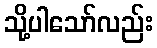
သို့ပါသော်လည်း